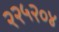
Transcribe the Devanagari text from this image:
२२५२०४